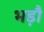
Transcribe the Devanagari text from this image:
भड़ौ